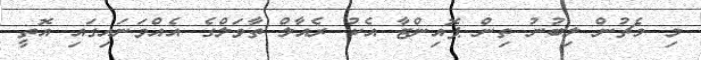
މި މެޗުން ލިބުނު ތިން ޕޮއިންޓާ އެކު ރެއާލް ތާވަލްގެ އެއްވަނައިގައި އޮތީ